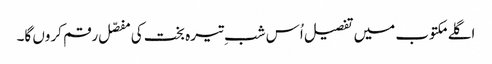
اگلے مکتوب میں تفصیل اُس شبِ تیرہ بخت کی مفصّل رقم کروں گا۔